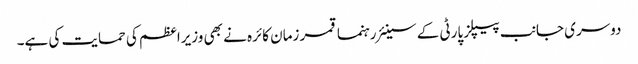
دوسری جانب پیپلز پارٹی کے سینئر رہنما قمر زمان کائرہ نے بھی وزیراعظم کی حمایت کی ہے۔